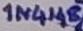
Text: 1N4148